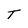
Character: T